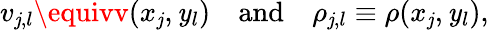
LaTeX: v_{\mathit{j},l}\equivv(x_{\mathit{j}},\mathit{y}_{l})\quad\textrm{{and}}\quad\rho_{\mathit{j},l}\equiv\rho(x_{\mathit{j}},\mathit{y}_{l}),